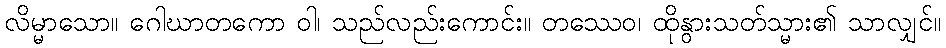
လိမ္မာသော။ ဂေါဃာတကော ဝါ၊ သည်လည်းကောင်း။ တဿေဝ၊ ထိုနွားသတ်သ္မား၏ သာလျှင်။